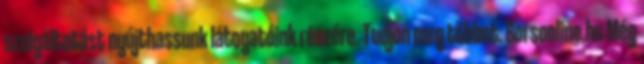
szolgáltatást nyújthassunk látogatóink részére. Tudjon meg többet. Borsonline.hu Még